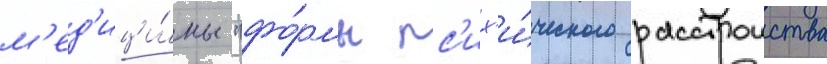
м'ед'ици́ны "фо́рмы пс'их'и́ческого расстроиства